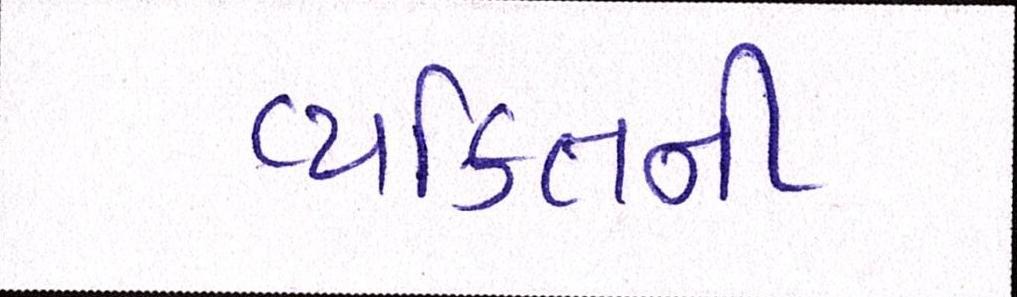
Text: વ્યકિતની